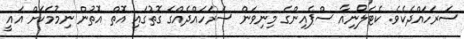
ސަރަހައްދެކެވެ. ކެޓަލޯނިއާ ސްޕެއިންގެ މިނިވަން ސަރަހައްދެއްގެ ގޮތުގައި އޮތް އޮތުން ނިމުމަކަށް އައީ